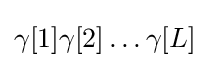
\gamma [1]\gamma [2]\ldots \gamma [L]